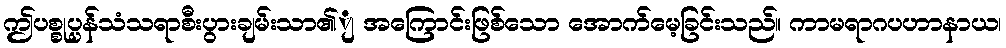
ဤပစ္စုပ္ပန်သံသရာစီးပွားချမ်းသာ၏ျ အကြောင်းဖြစ်သော အောက်မေ့ခြင်းသည်။ ကာမရာဂပဟာနာယ၊